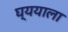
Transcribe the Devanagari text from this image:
घ्ययाला